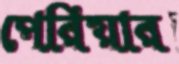
পেরিয়ার